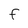
Character: F